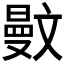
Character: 𣁜